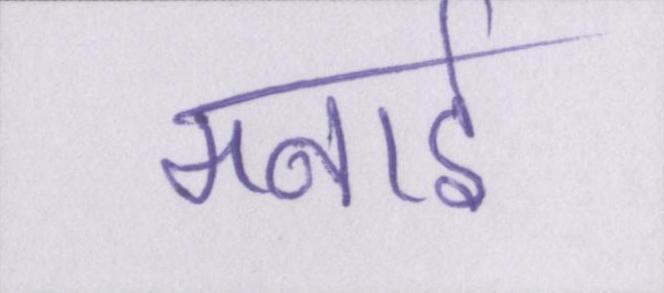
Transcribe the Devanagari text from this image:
मनाई